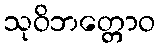
သုဝိဘတ္တောဝ